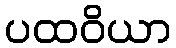
ပထဝိယာ